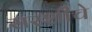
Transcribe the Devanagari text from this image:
सरशीचे